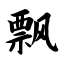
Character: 飘